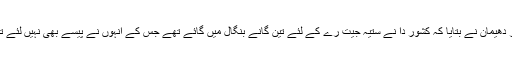
مسٹر دھیمان نے بتایا کہ کشور دا نے ستیہ جیت رے کے لئے تین گانے بنگال میں گائے تھے جس کے انہوں نے پیسے بھی نہیں لئے تھے۔